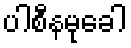
ပါစီနမုခေါ